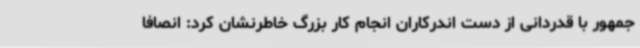
جمهور با قدردانی از دست اندرکاران انجام کار بزرگ خاطرنشان کرد: انصافا